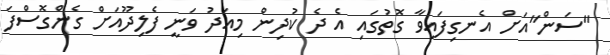
"ސަން"އަށް އެނގިފައިވާ ގޮތުގައި އެ ދެ ކުދިން މިއަދު ވަނީ ފެލިދޫއަށް ގެންގޮސްފަ